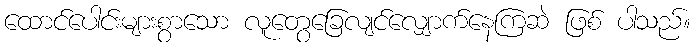
ထောင်ပေါင်းများစွာသော လူတွေခြေလျင်လျှောက်နေကြဆဲ ဖြစ် ပါသည်။